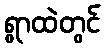
ရွာထဲတွင်